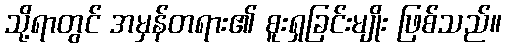
သို့ရာတွင် အမှန်တရား၏ စူးရှခြင်းမျိုး ဖြစ်သည်။